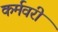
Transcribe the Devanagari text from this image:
कर्मवरी